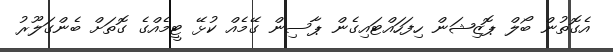
އެގޮތުން ބޯލް ޕޮޒިޝަން ހިފަހައްޓައިގެން ޕާސިން ގޭމެއް ކުޅޭ ޓީމެއްގެ ގޮތަށް ބެންގަލޫރު